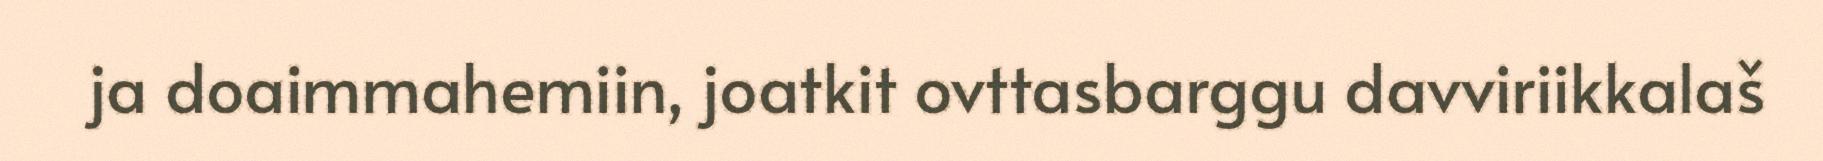
ja doaimmahemiin, joatkit ovttasbarggu davviriikkalaš